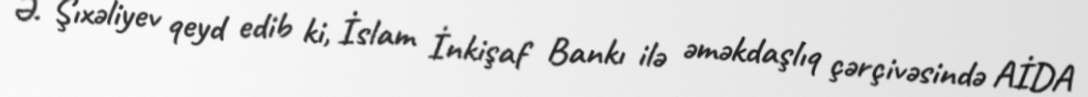
Ə. Şıxəliyev qeyd edib ki, İslam İnkişaf Bankı ilə əməkdaşlıq çərçivəsində AİDA